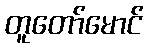
တူတော်မောင်